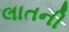
લાતની